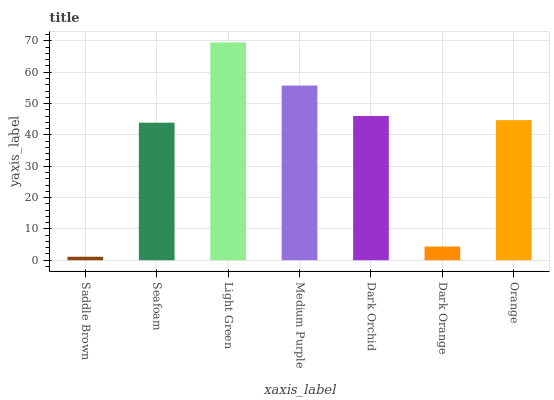
| xaxis_label | bars |
 | --- | --- |
 | Saddle Brown | 1.12 |
 | Seafoam | 43.9 |
 | Light Green | 69.5 |
 | Medium Purple | 55.8 |
 | Dark Orchid | 46 |
 | Dark Orange | 4.37 |
 | Orange | 44.7 |